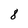
Character: 8